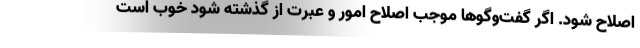
اصلاح شود. اگر گفت‌وگوها موجب اصلاح امور و عبرت از گذشته شود خوب است